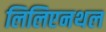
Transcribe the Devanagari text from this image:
लिलिएनथल